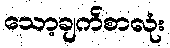
သော့ချက်စာလုံး